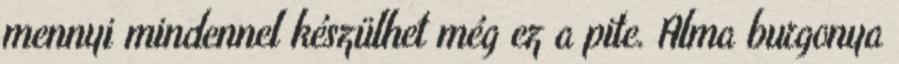
mennyi mindennel készülhet még ez a pite. Alma burgonya